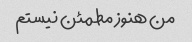
من هنوز مطمئن نیستم